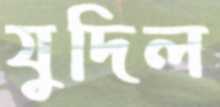
যুদিল